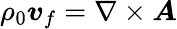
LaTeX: \rho_{0}\boldsymbol{v}_{f}=\nabla\times\boldsymbol{A}